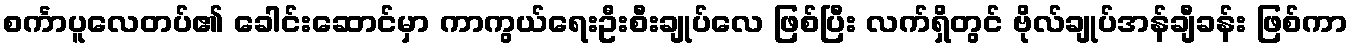
စင်္ကာပူလေတပ်၏ ခေါင်းဆောင်မှာ ကာကွယ်ရေးဦးစီးချုပ်လေ ဖြစ်ပြီး လက်ရှိတွင် ဗိုလ်ချုပ်အန်ချီခန်း ဖြစ်ကာ